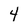
Character: 4